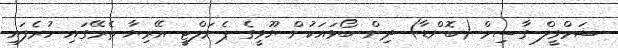
ޝަމްވީލް ގާސިމް (ބޮންޑާ) ދިން ބޯޅައަކުން ޔޫވީގެ ޕެނަލްޓީ އޭރިޔާ ތެރޭގައި ހުރެފައި